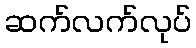
ဆက်လက်လုပ်